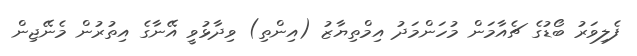
ފެލިވަރު ބޯޑުގެ ޗެއާމަން މުހަންމަދު އިމްތިޔާޒު (އިންތި) ވިދާޅުވީ އޭނާގެ އިތުރުން މެނޭޖިން